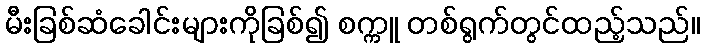
မီးခြစ်ဆံခေါင်းများကိုခြစ်၍ စက္ကူ တစ်ရွက်တွင်ထည့်သည်။